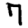
Digit: 7